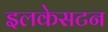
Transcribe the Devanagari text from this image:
इलकेसटन